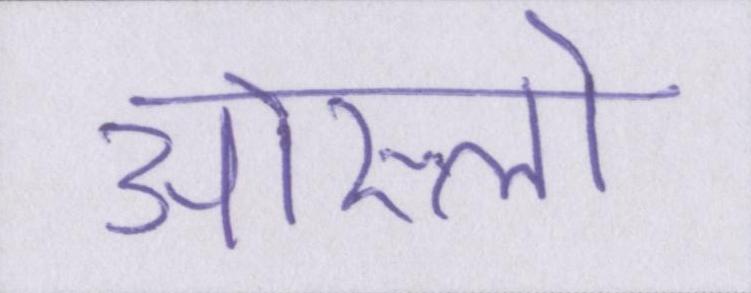
ओस्लो